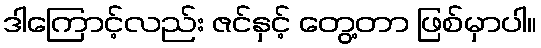
ဒါကြောင့်လည်း ဇင်နှင့် တွေ့တာ ဖြစ်မှာပါ။